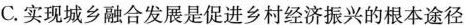
C. 实现城乡融合发展是促进乡村经济振兴的根本途径